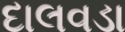
દાલવડા